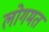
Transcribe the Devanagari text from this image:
लोगमत